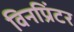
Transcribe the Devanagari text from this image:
विनप्रिंटर